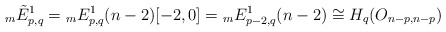
\begin{align*}{}_{m}\tilde{E}^{1}_{p,q} = {}_{m}E^{1}_{p,q}(n-2)[-2,0] = {}_{m}E^{1}_{p-2, q}(n-2) \cong H_{q}(O_{n-p, n-p}) \end{align*}